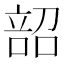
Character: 𫫌